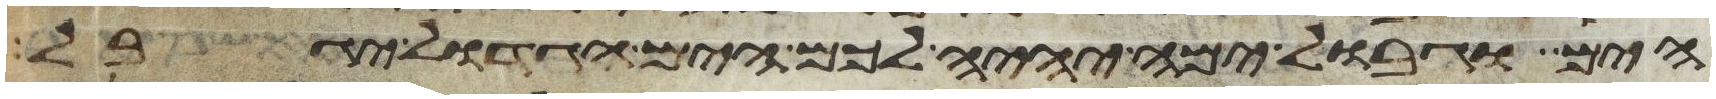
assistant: הים וגבול ימה יהיה לכם הים הגדול יגבל